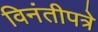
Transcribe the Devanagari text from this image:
विनंतीपत्रे